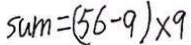
s u m = ( 5 6 - 9 ) \times 9